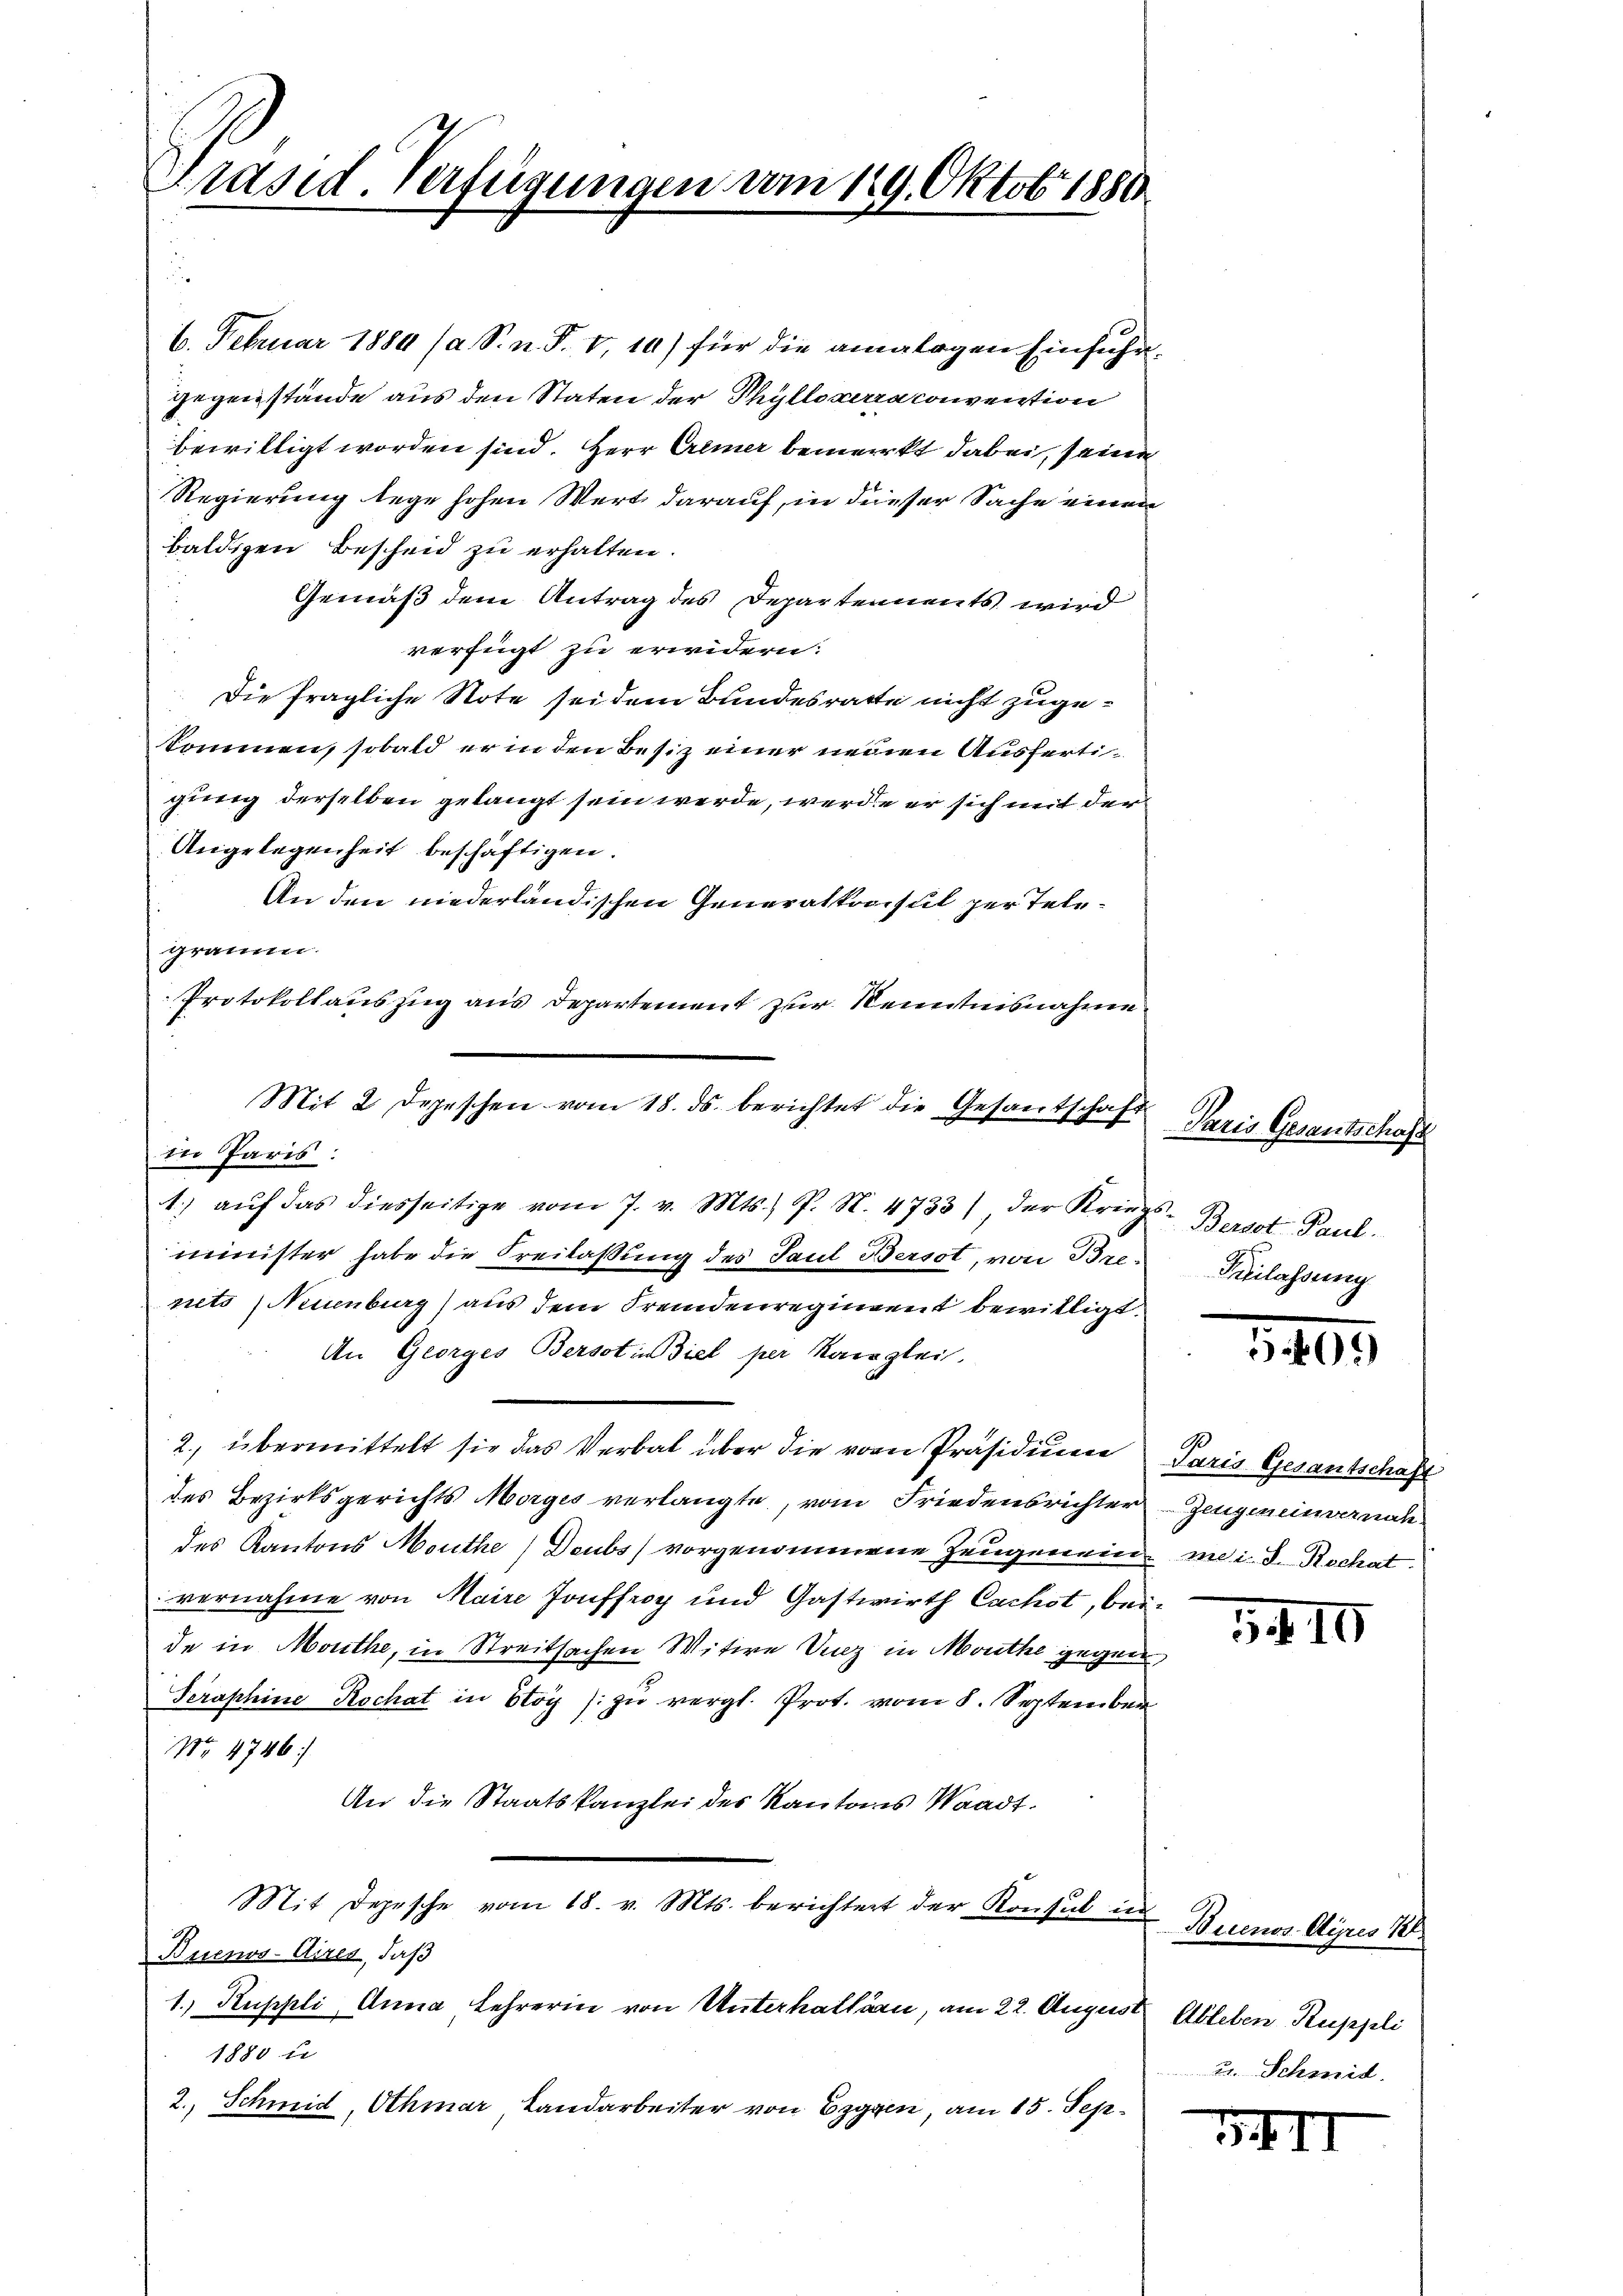
Präsid. Verfügungen vom 19. Oktobr. 1880

6. Februar 1884 (a. S. n. F. V.10) für die analogen Einfuhr¬
Gegenstände aus den Staten der Phylloverraconvention
bewilligt worden sind. Herr Cremer bemerkt dabei, seine
Regierung lege hohen Wert darauf, in dieser Sache einen
baldigen Bescheid zu erhalten.
Gemäß dem Antrag des Departements wird
verfügt zu erwidern:
Die fragliche Note sei dem Bundesrathe nicht zugekommen, sobald er in den Besiz einer neuen Ausfertigung derselben gelangt sein werde, werde er sich mit der
Angelegenheit beschäftigen.
An den niederländischen Generalkonsul per Telegramm.
Protokollauszug aus Departement zur Kenntnisnahme
r
in Paris:
1. aŭf das diesseitige vom 7. v. Mts., P. N. 4733) der Kriegs-Berst Paul.
minister habe die Freilaßung des Paul Berst, von Brenets (Neuenburg) aus dem Fremdenregiment bewilligt.
An Georges Berst in Ziel per Kanzlei.
2., übermittelt sie das Verbal über die vom Präsidium
des Bezirksgerichts Morges verlangte, vom Friedensrichter Zeugeneinvernah
des Kantons Monthe) Deubs vorgenommene Zeugenein, mai d. Rochat
vernahme von Maire Jouffroy und Gastwirth Cachst, beide in Monthe, in Streitsachen Witwe Vinz in Monthe gegen
Seraphine Kochat in Stoy /: zu vergl. Prot. vom 8. September
No. 4746)
An die Staatskanzlei des Kantons Waadt.
Mit Depesche vom 18. v. Mts. berichtert der Konsul in
Buenos-Aires, daß
1.) Ruppli Anna Lehrerin von Unterhaltern, am 22. August Ableben Ruppli
1880 u.
2., Schmid, Othmar, Landarbeiter von Eggen, am 15. Sep¬

Mit 2 Depeschen vom 18. ds. berichtet die Gesantschaf

Paris Gesantschaft
Beilassung

1405.

Paris Gesantschaft

3410

Buenos Aires Kl
2. Schmid.

1